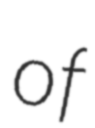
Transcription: of